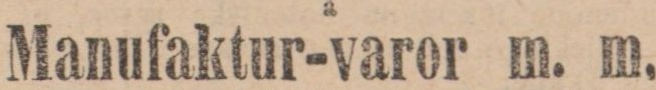
Manufaktur-varor m. m.